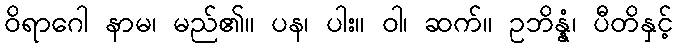
ဝိရာဂေါ နာမ၊ မည်၏။ ပန၊ ပါး။ ဝါ၊ ဆက်။ ဥဘိန္နံ၊ ပီတိနှင့်